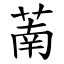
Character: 萳